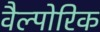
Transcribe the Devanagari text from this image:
वैल्पोरिक